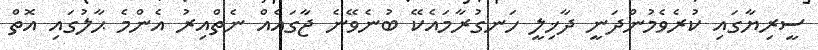
ސީރިޔާގައި ކުރެވެމުންދަނީ ދާޚިލީ ހަނގުރާމައެކޭ ބުނެވޭނެ ޖާގައެއް ނެތްއިރު އެންމެ ޙާލުގައި އޮތް